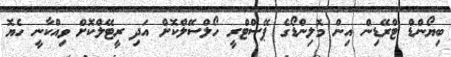
ބިޔޯންޑް ޓްރޭޑިން އިން މޮލިންޑޯގެ ޕޭސްޓްރީ ހޯލްސޭލްކޮށް އަދި ރީޓޭލްކޮށް ވިއްކާނީ ހެޔޮ